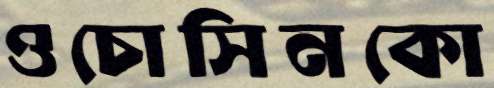
ওচোসিনকো